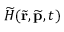
\widetilde { \cal H } ( \widetilde { \mathbf { r } } , \widetilde { \mathbf { p } } , t )